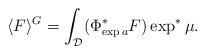
LaTeX: \begin{gather*}\langle F\rangle^{G}=\int_{\mathcal{D}}(\Phi^\ast_{\exp a}F)\exp^{\ast}\mu.\end{gather*}